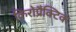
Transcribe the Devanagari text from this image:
किरोप्रैक्टिक